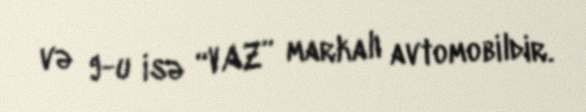
və 9-u isə “VAZ” markalı avtomobildir.